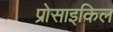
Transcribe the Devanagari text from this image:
प्रोसाइकिल